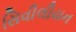
સિવીલીયન